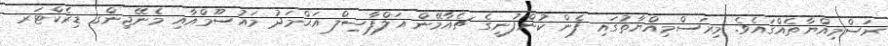
ރަސްމިއްޔާތެއްގައެވެ. މިރަސްމިއްޔާތުގައި ފެން ކުންފުނީގެ ޗެއާމޭން އަލްފާޟިލް އަޙްމަދު މައުސޫމްއާއި މެނޭޖިންގ ޑިރެކްޓަރ